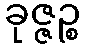
ခုဇ္ဇဉ္စ